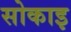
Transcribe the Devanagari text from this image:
सोकाइ